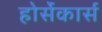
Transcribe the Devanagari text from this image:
होर्सेकार्स